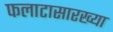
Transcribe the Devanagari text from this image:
फलाटासारख्या